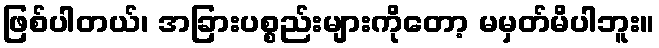
ဖြစ်ပါတယ်၊ အခြားပစ္စည်းများကိုတော့ မမှတ်မိပါဘူး။